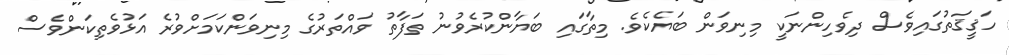
ހަޤީޤަތުގައިވެސް ދިވެހިންނަކީ މިނިވަން ބަޔެކެވެ. މިތާގައި ބަޔާންކުރެވުނު ތަފާތު ވައްތަރުގެ މިނިވަންކަމަށްވުރެ އަޅުވެތިކަންވެސް